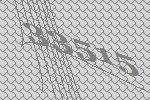
33515